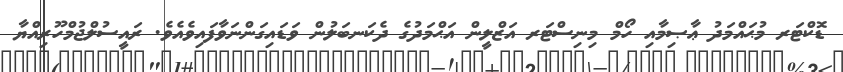
ޑޮކްޓަރ މުޙައްމަދު ޢާޞިމާއި ހޯމް މިނިސްޓަރ އަޒްލީން އަޙްމަދުގެ ދެކަނބަލުން ވަޑައިގަންނަވާފައިވެއެވެ. ރައީސުލްޖުމްހޫރިއްޔާ